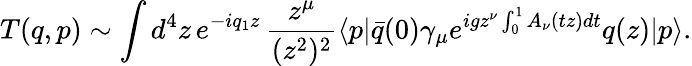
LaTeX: T(q,p)\sim\int d^{4}z\, e^{-iq_{1}z}\, \frac{z^{\mu}}{(z^{2})^{2}}\langle p|\bar{q}(0)\gamma_{\mu}e^{igz^{\nu}\int_{0}^{1}A_{\nu}(tz)dt}q(z)|p\rangle.